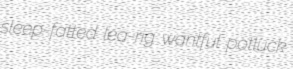
sleep-fatted lea-rig wantful potluck